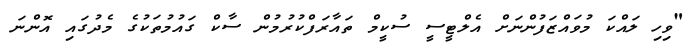
"ވިހި ލައްކަ މުވައްޒަފުންނަށް އެލްޓީސީ ސުކީމް ތައާރަފްކުުރުމުން ސާކް ގައުމުތަކުގެ މެދުގައި އޮންނަ